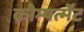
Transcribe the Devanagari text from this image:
कोम्पर्त्मेंट